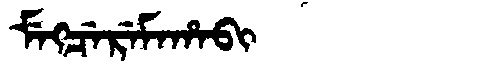
Manchu: ᠮᡝᡴᠴᡝᡵᡝᠮᠠᡥᠠᠪᡳ
Romanization: MEKCEREMAHABI